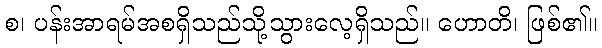
စ၊ ပန်းအာရမ်အစရှိသည်သို့သွားလေ့ရှိသည်။ ဟောတိ၊ ဖြစ်၏။